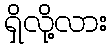
ရှိလို့လား